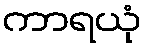
ကာရယုံ